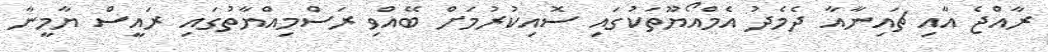
ރާއްޖެ އާއި ޗައިނާއާ ދެމެދު އެމްއޯޔޫތަކުގައި ސޮއިކުރުމަށް ބޭއްވި ރަސްމިއްޔާތުގައި ރައީސް ޔާމީނާ